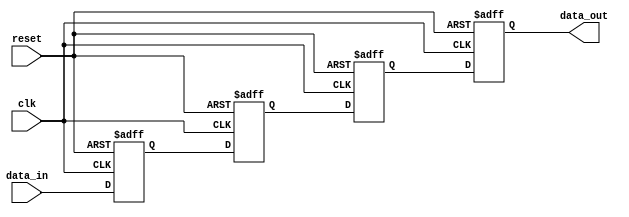
module timing_sync_blocks (
    input wire clk,
    input wire reset,
    input wire data_in,
    output reg data_out
);

reg [3:0] dff_chain [0:3];  // 4 D flip-flops

// D flip-flop chain with specific delay configuration
always @ (posedge clk or posedge reset) begin
    if (reset) begin
        dff_chain[0] <= 1'b0;
        dff_chain[1] <= 1'b0;
        dff_chain[2] <= 1'b0;
        dff_chain[3] <= 1'b0;
    end else begin
        dff_chain[0] <= data_in;
        dff_chain[1] <= dff_chain[0];
        dff_chain[2] <= dff_chain[1];
        dff_chain[3] <= dff_chain[2];
    end
end

// Output the synchronized data
assign data_out = dff_chain[3];

endmodule